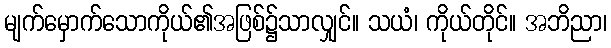
မျက်မှောက်သောကိုယ်၏အဖြစ်၌သာလျှင်။ သယံ၊ ကိုယ်တိုင်။ အဘိညာ၊